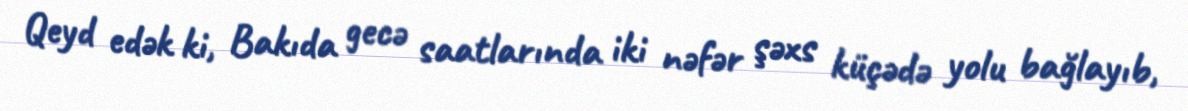
Qeyd edək ki, Bakıda gecə saatlarında iki nəfər şəxs küçədə yolu bağlayıb,